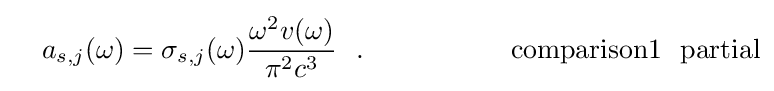
~~~a_{s,j}(\omega )=\sigma _{s,j}(\omega ){\frac {\omega ^{2}v(\omega )}{\pi ^{2}c^{3}}}~~.~~~~~~~~~~~~~~~~{\rm {comparison1}}~~{\rm {partial}}